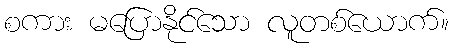
စကား မပြောနိုင်သော လူတစ်ယောက်။